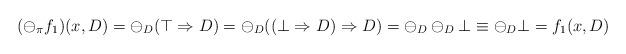
LaTeX: \begin{align*}(\ominus_\pi f_1)(x,D) = \ominus_D (\top \Rightarrow D) = \ominus_D ((\bot \Rightarrow D) \Rightarrow D) = \ominus_D\ominus_D \bot \equiv \ominus_D\bot = f_1(x,D)\end{align*}